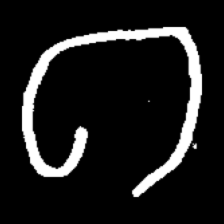
Pyu character \u2014 Myanmar letter: ဂ (romanized: ga)